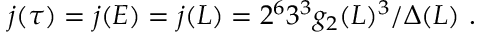
j ( \tau ) = j ( E ) = j ( L ) = 2 ^ { 6 } 3 ^ { 3 } g _ { 2 } ( L ) ^ { 3 } / \Delta ( L ) \ .